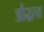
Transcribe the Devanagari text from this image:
औद्धत्य